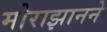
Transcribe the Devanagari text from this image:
मोराझानने